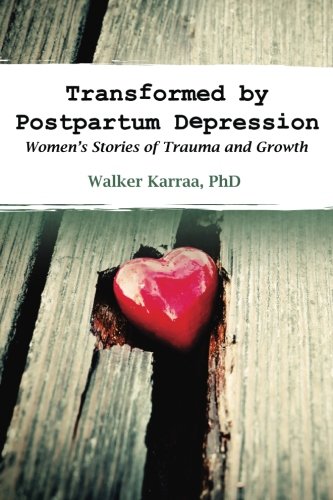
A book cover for Transformed by Postpartum Depression: Women's Stories of Trauma and Growth; Walker Karraa; Health, Fitness & Dieting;